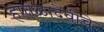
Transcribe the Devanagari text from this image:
हातळादेवीचे